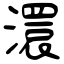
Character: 澴